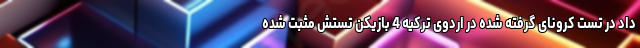
داد در تست کرونای گرفته شده در اردوی ترکیه 4 بازیکن تستش مثبت شده